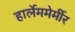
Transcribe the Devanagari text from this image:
हार्लेममेर्मीर